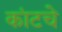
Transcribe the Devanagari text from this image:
कांटचे